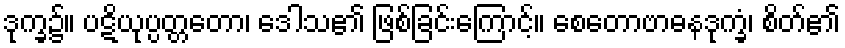
ဒုက္ခ၌။ ပဋိယုပ္ပတ္တတော၊ ဒေါသ၏ ဖြစ်ခြင်းကြောင့်။ စေတောဗာဓနဒုက္ခံ၊ စိတ်၏